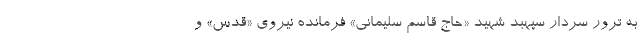
به ترور سردار سپهبد شهید «حاج قاسم سلیمانی» فرمانده نیروی «قدس» و